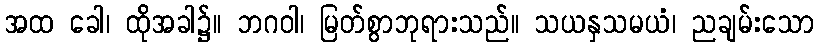
အထ ခေါ၊ ထိုအခါ၌။ ဘဂဝါ၊ မြတ်စွာဘုရားသည်။ သယနှသမယံ၊ ညချမ်းသော